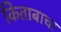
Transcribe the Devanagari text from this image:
किताबाचा